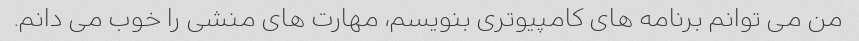
من می توانم برنامه های کامپیوتری بنویسم، مهارت های منشی را خوب می دانم.